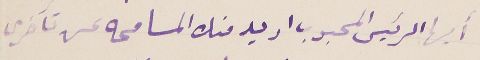
أيها الرئيس المحبوب اريد منك المسامحه عن تأخرى